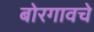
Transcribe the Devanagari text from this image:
बोरगावचे